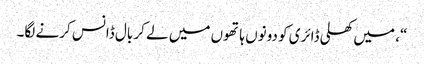
“، میں کھلی ڈائری کو دونوں ہاتھوں میں لے کر بال ڈانس کرنے لگا۔